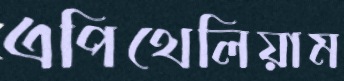
এপিথেলিয়াম